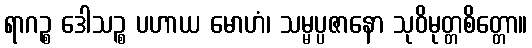
ရာဂဉ္စ ဒေါသဉ္စ ပဟာယ မောဟံ၊ သမ္မပ္ပဇာနော သုဝိမုတ္တစိတ္တော။